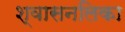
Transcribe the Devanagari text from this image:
श्‍वासनलिका